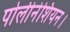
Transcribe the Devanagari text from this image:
पोलीनेशियन।